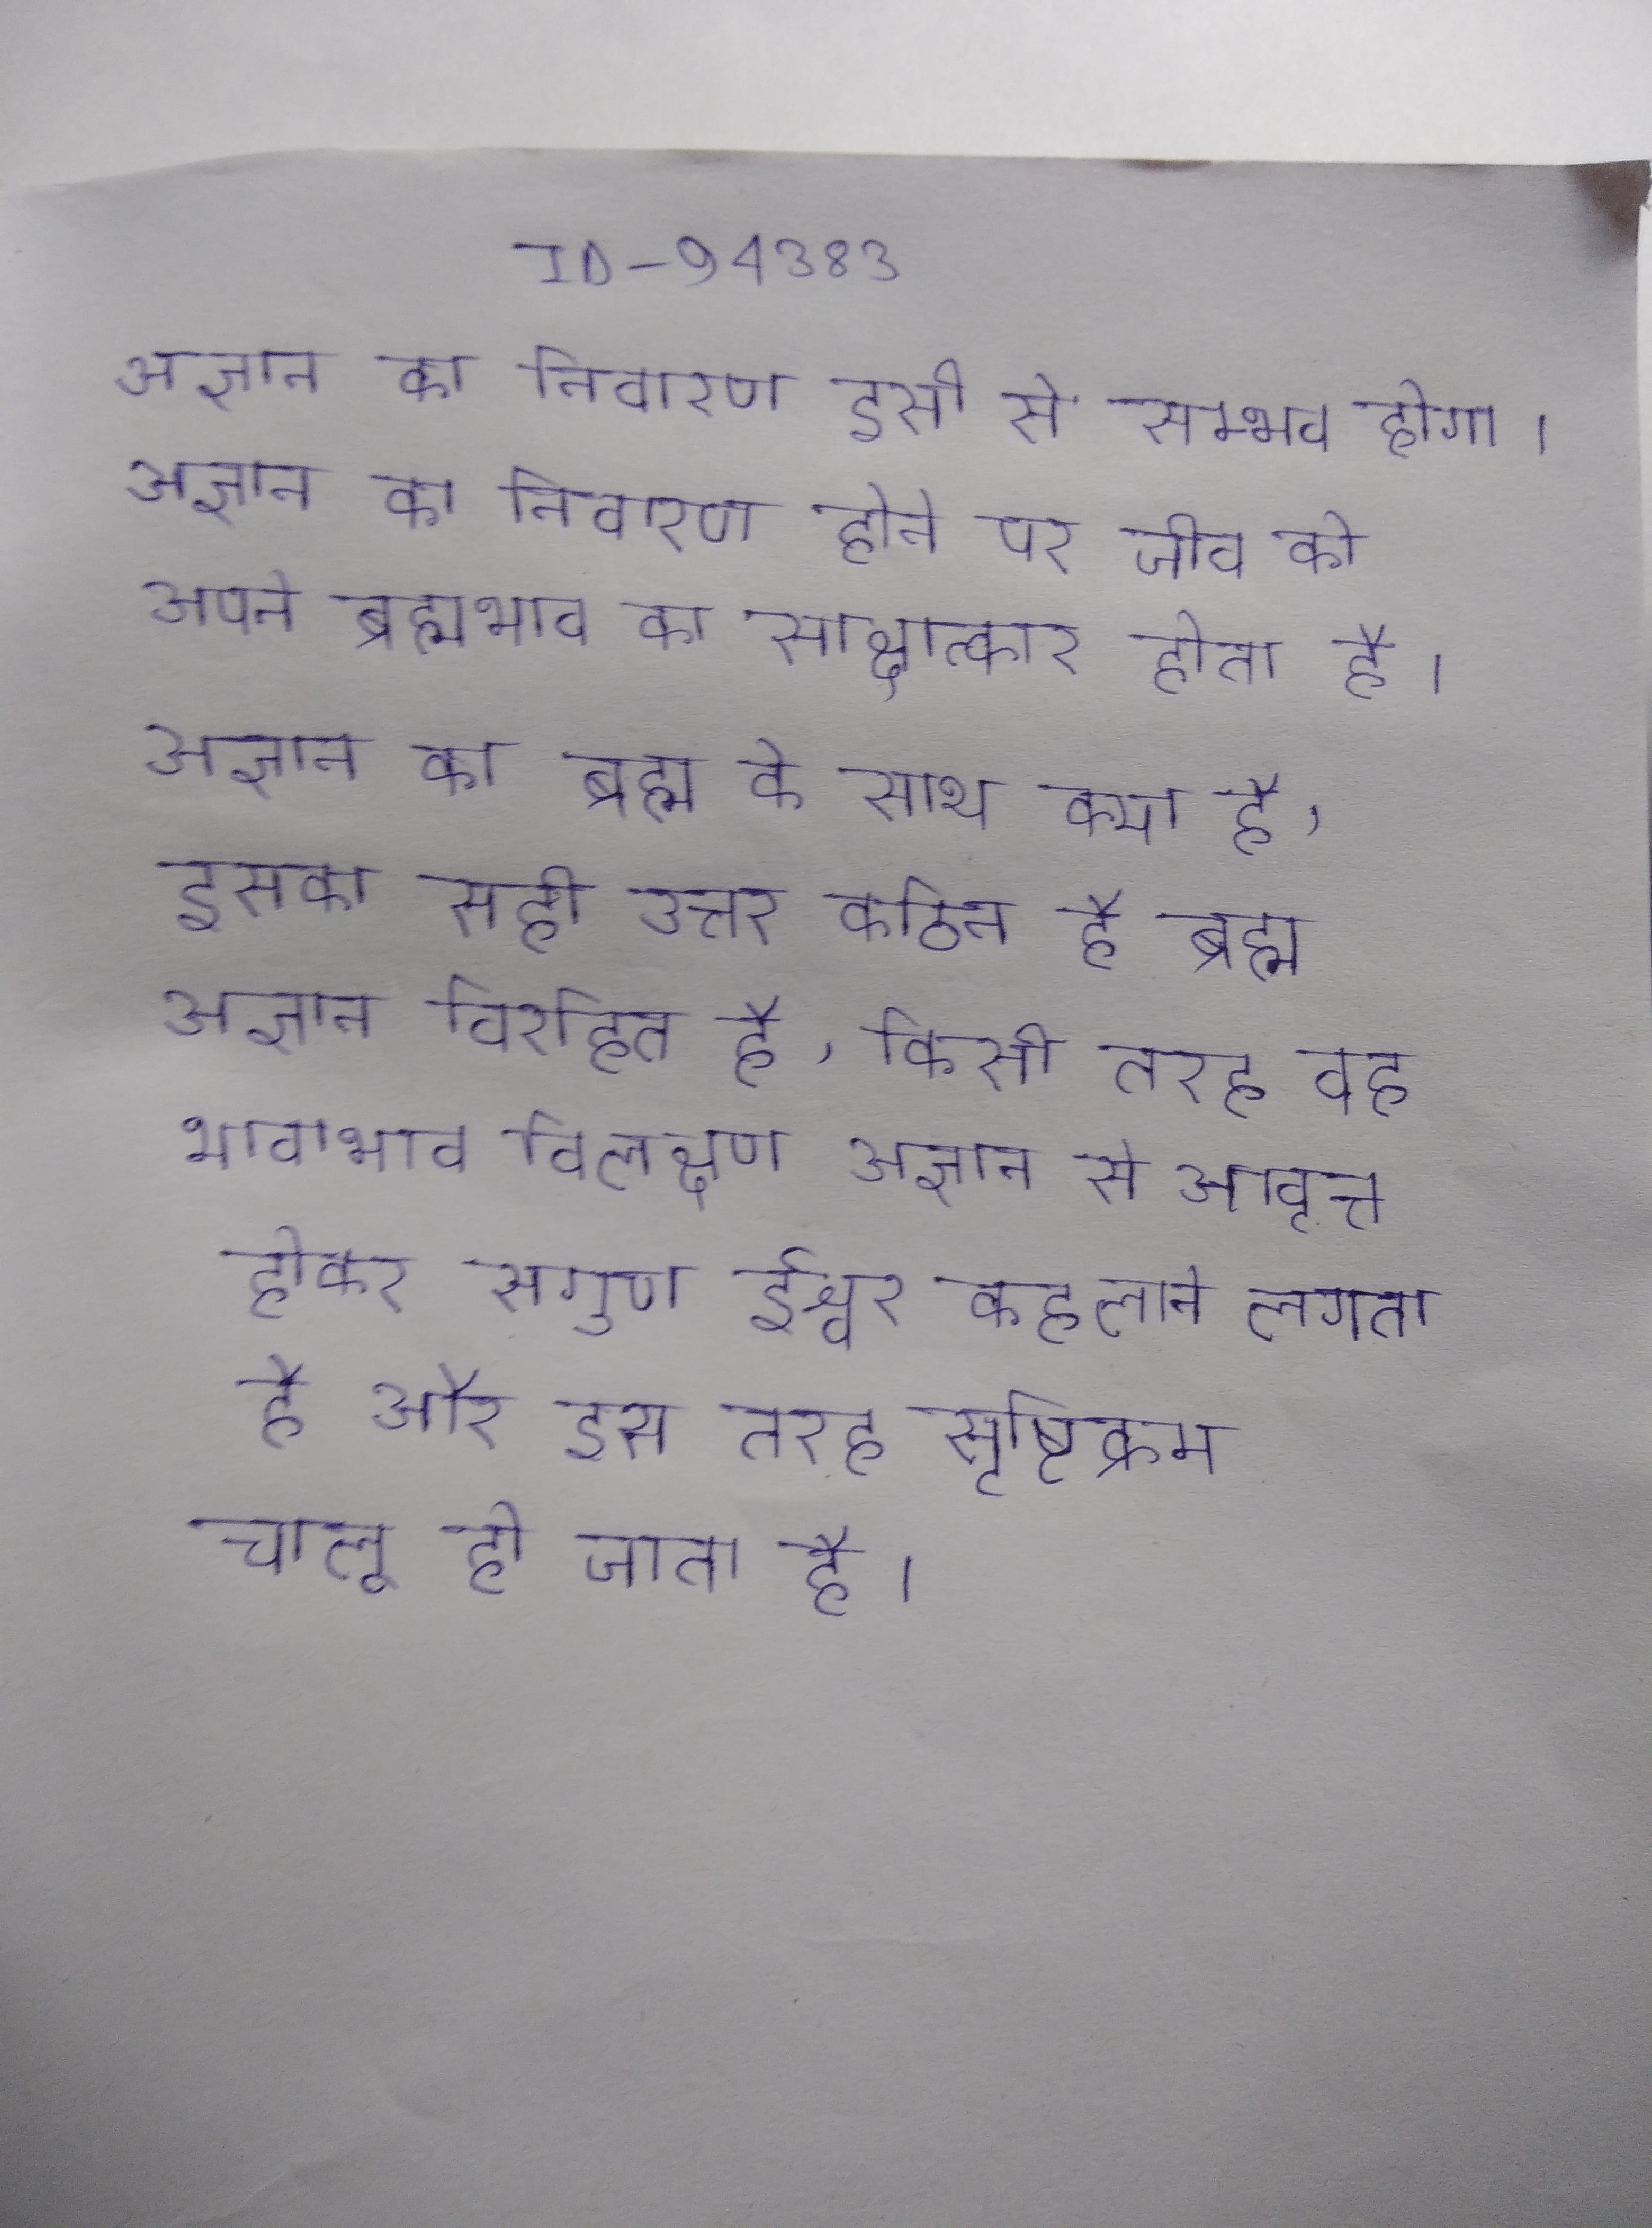
अज्ञान का निवारण इसी से सम्भव होगा । अज्ञान का निवारण होने पर जीव को अपने ब्रह्मभाव का साक्षात्कार होता है । अज्ञान का ब्रह्म के साथ क्या है, इसका सही उत्तर कठिन है ब्रह्म अपने शुद्ध निर्गुण रूप अज्ञान विरहित है, किसी तरह वह भावाभाव विलक्षण अज्ञान से आवृत्त होकर सगुण ईश्वर कहलाने लगता है और इस तरह सृष्टिक्रम चालू हो जाता है ।